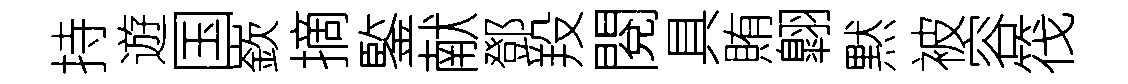
持遊国嶔摘鍳献鄧羖閱具賄翺黙被容筏